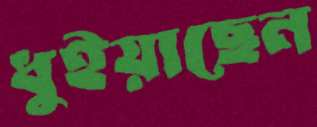
ধুইয়াছেন